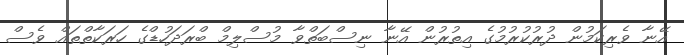
އޭނާ ވެރިކަމުން ދުރުކުރުމުގެ އިތުރުން އޭނާ ނިސްބަތްވާ މުސްލިމް ބްރަދަހުޑްގެ ހަރަކާތްތައް ވެސް